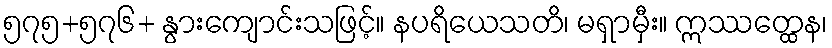
၅၇၅+၅၇၆+ နွားကျောင်းသဖြင့်။ နပရိယေသတိ၊ မရှာမှီး။ ဣဿတ္ထေန၊